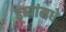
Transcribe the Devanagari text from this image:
डब्यांमधे